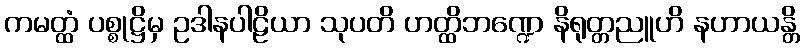
ကမတ္ထံ ပစ္စုဋ္ဌိမှ ဥဒါနပါဠိယာ သုပတိ ဟတ္ထိဘဏ္ဍေ နိရုတ္တညူဟိ နဟာယန္တိ